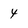
Character: 4